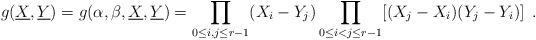
LaTeX: \begin{align*} g(\underline{X},\underline{Y})=g(\alpha,\beta,\underline{X},\underline{Y})=\prod_{{{0}}\leq i,j\leq {{r-1}}}(X_i-Y_j)\prod_{{{0}}\leq i<j\leq {{r-1}}}[(X_j-X_i)(Y_j-Y_i)]\enspace.\end{align*}